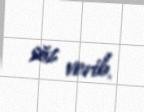
söz verib.